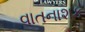
વાતનાશક